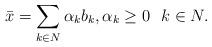
LaTeX: \begin{align*}\bar{x}=\sum_{k\in N} \alpha_k b_k, \alpha_k\geq 0\ \ k\in N .\end{align*}